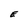
Character: E